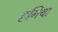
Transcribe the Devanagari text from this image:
हगिया